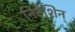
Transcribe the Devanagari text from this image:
निर्देशिन्